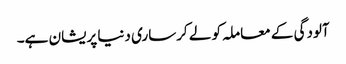
آلودگی کے معاملہ کو لے کرساری دنیا پریشان ہے۔